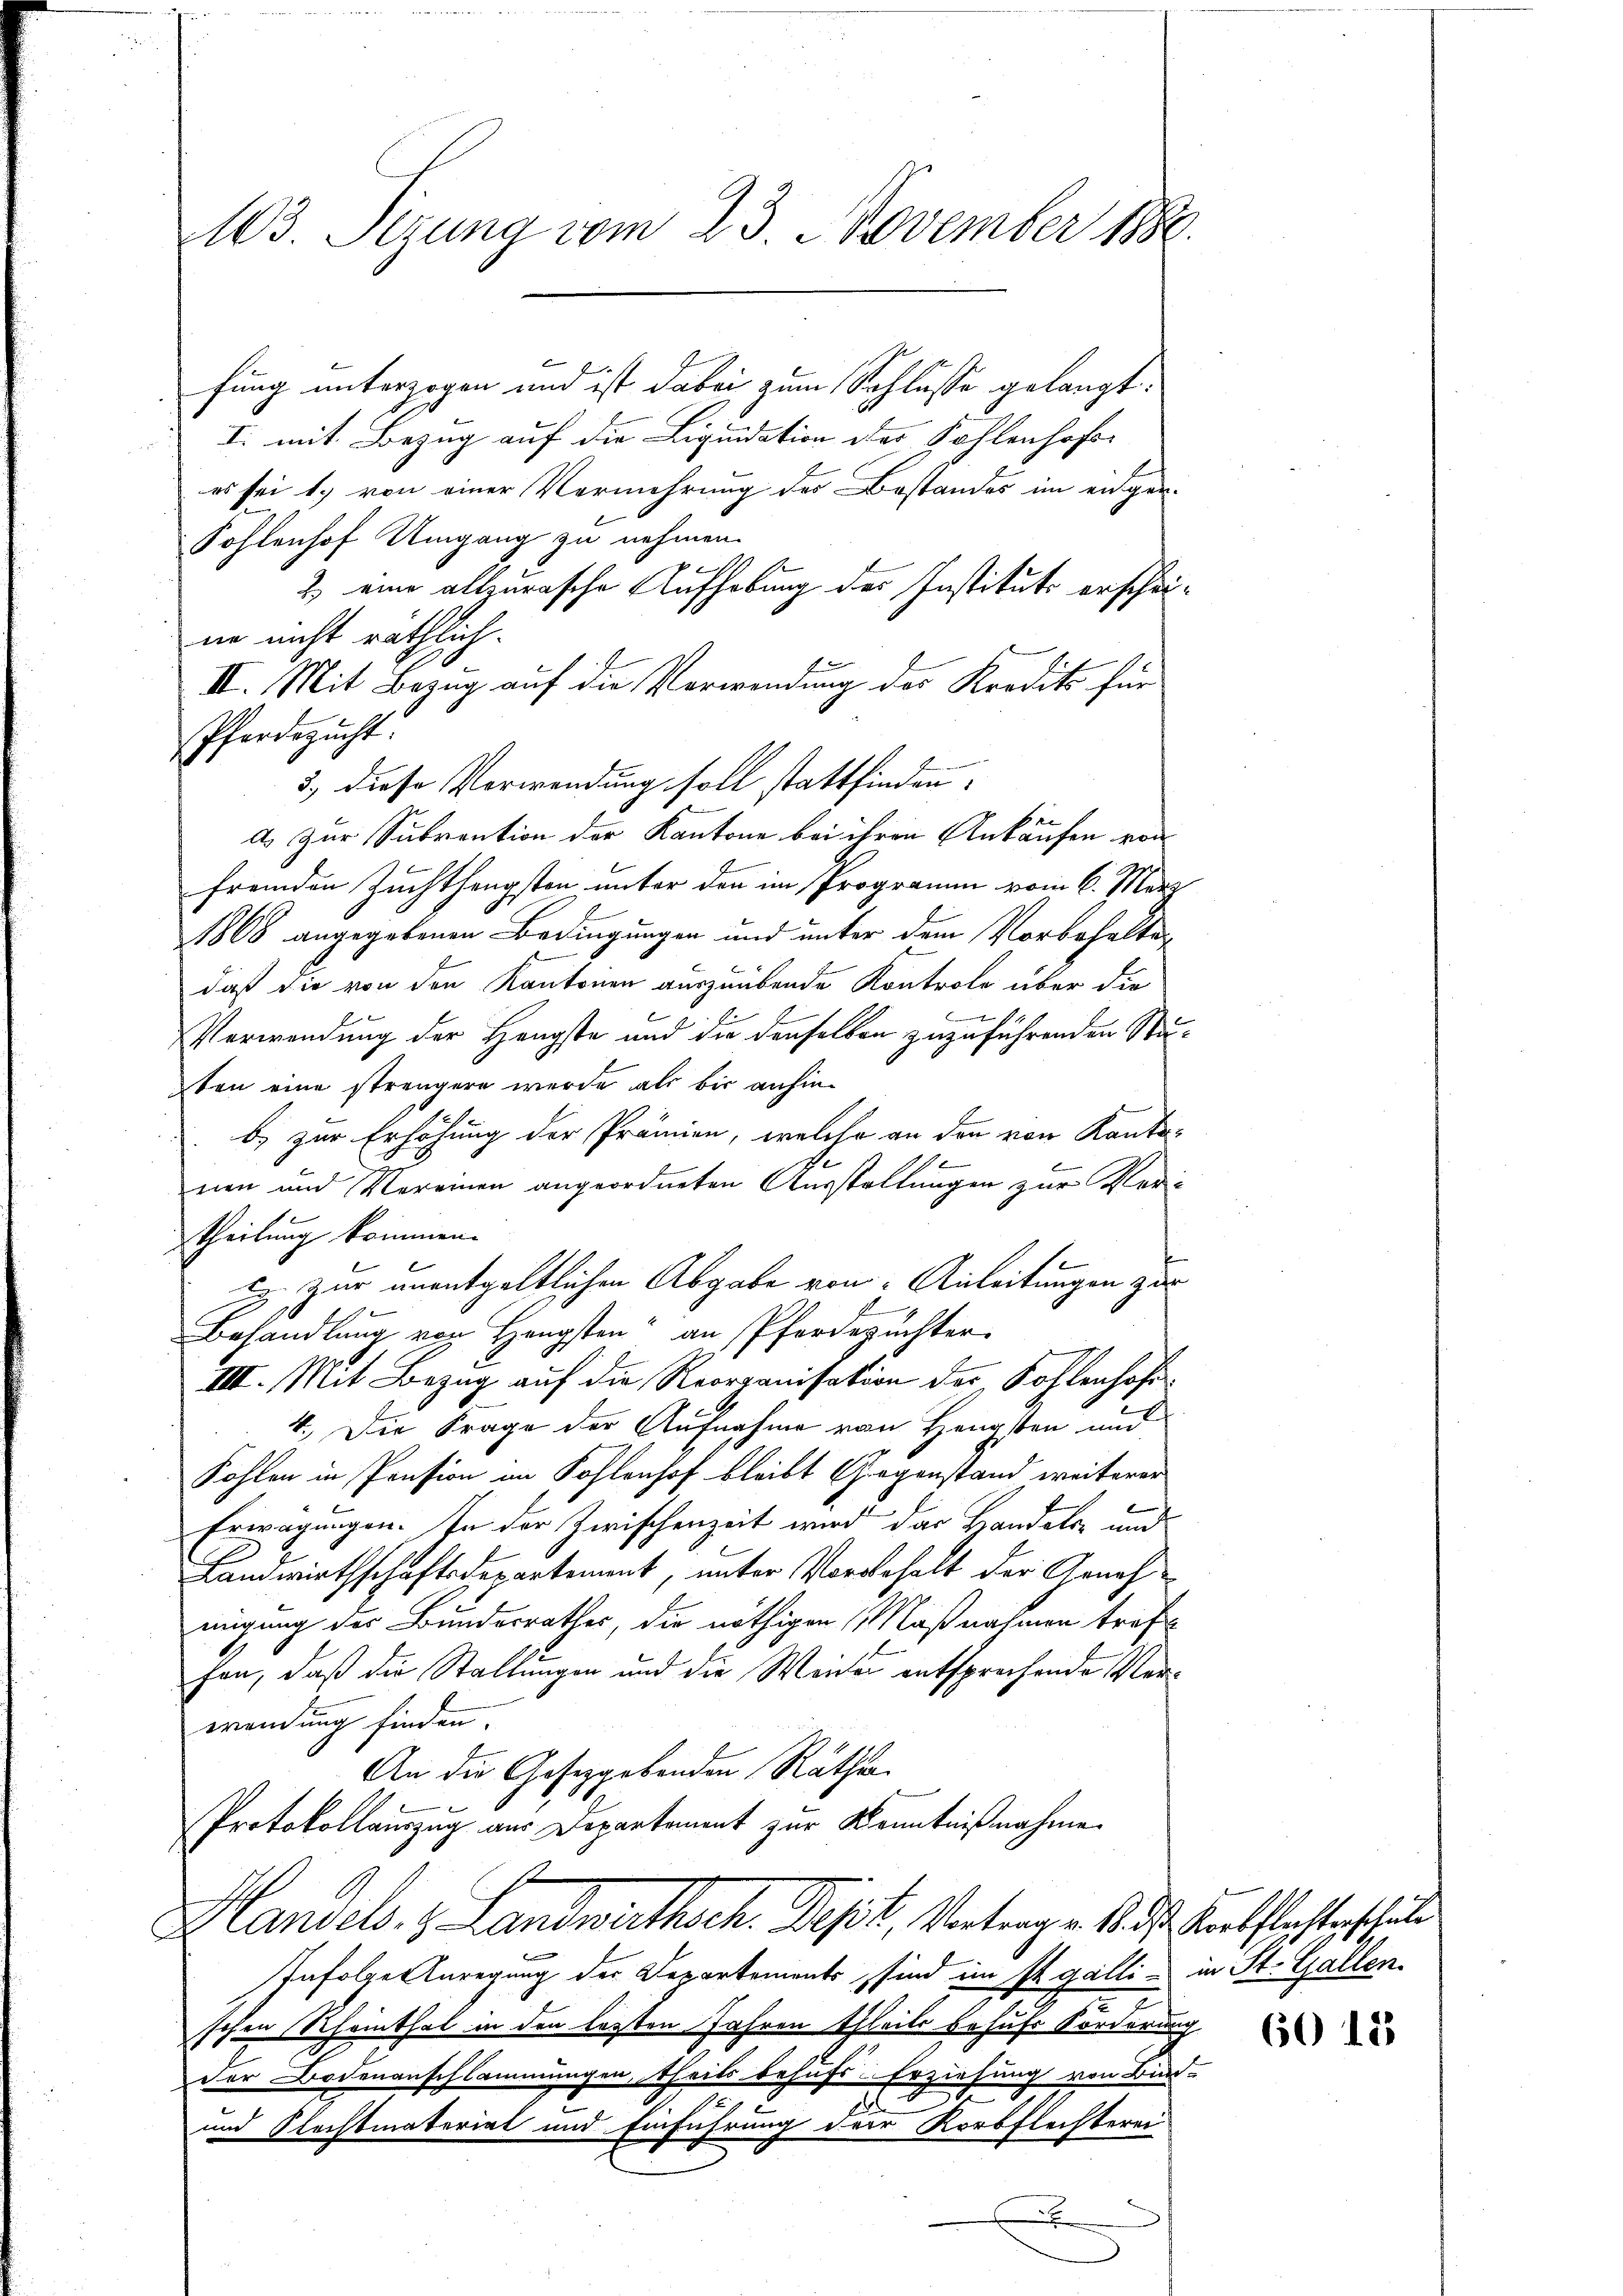
fung unterzogen und ist dabei zum Schlüsse gelangt:
I. mit Bezug auf die Liquidation der Kohlenhof
es sei 1.) von einer Vermehrung des Bestandes im enger-
Fohlenhof Umgang zu nehmen.
2) eine allzurasche Aufhebung des Institute erscheine nicht räthlich.
II. Mit Bezug auf die Verwendung des Kredits für
Pferdezucht.
3., diese Verwendung soll stattfinden.
a. Zur Subvention der Kantone bei ihren Ankäufen von
fremden Zuchthengsten unter den im Programm vom 6. März
1868 angegebenen Bedingungen und unter dem Vorbehalten
daß die von den Kantonen auszuübende Kontrole über die
x
Verwendung der Hengste und die denselben zuzuführenden Stuson eine strengern wurde als bis anhin-
b) zur Erhöhung der Prämien, welche an den von Kantonen und Vereinen angeordneten Ausstellungen zur Ver¬
.
theilung kommen.
u zur unentgeltlichen Abgabe von Anleitungen zur
Behandlung von Hengsten“ an Pferdezüchter
III. Mit Bezug auf die Reorganisation der Kohlenhofe
4.) Die Frage der Aufnahme von Hengsten und
Kohlen in Pension im Kohlenhof bleibt Gegenstand weiterer
Erwägungen. In der Zwischenzeit wird das Handels- und
Landwirthschaftsdepartement, unter Vorbehalt der Annah
migung der Bundesrathes, die nöthigen Maßnahmen treffen, daß die Stallungen und die Weiter entsprechende Verwendung finden.
An die Gesetzgebenden Räthen.
Protokollauszug aus Departement zur Kenntnißnahme
Handels. z. Landwirthsch. Dept, Vertrage Auf Kostensterschuld
Infolge Anregung der Departements, sind im st. galli in St. Gallen.
schen Rheinthal in den lezten Jahren theile behufs Forderung
der Bodenanschlammungen, theils behufs Erziehung von Bur-
f
2
und Flechtmateriat und Einführung der Korbflechterei
.

23. Sizung vom 23. November 1880.

60 15

2